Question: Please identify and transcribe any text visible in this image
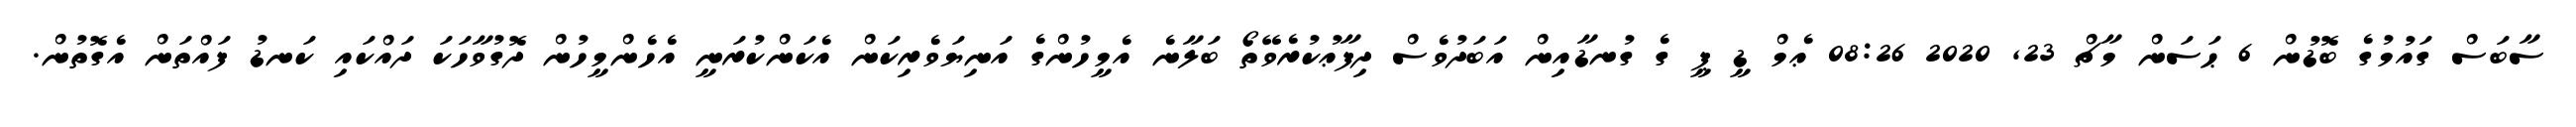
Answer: ސާބަސް ގައުމުގެ ބޮޑުން 6 ޙަސަން މާޗް 23, 2020 08:26 ޢެމް ޑީ ޕީ ގެ ގުނޑާއިން އަބަދުވެސް ދިފާޢުކުރެވޭތޯ ބަލާނެ އެމީހުންގެ އަނިޔަވެރިކަން އެކަންކުރަނީ އެހެންމީހުން ދޮގުވާހަކަ ދައްކައި ކަނޑު ފައްތަން އެގޮތުން.